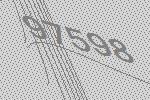
97598